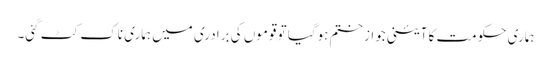
ہماری حکومت کا آئینی جواز ختم ہوگیا تو قوموں کی برادری میں ہماری ناک کٹ گئی۔